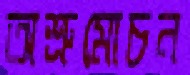
অশ্রুমোচন